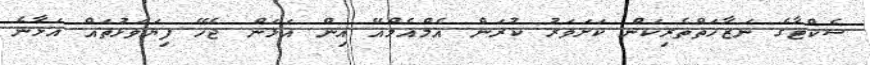
ސެކްޓާގެ ނަޒާހަތްތެރިކަން ކަށަވަރު ކުރަން އެމްއެމްއޭ އިން އަޅަން ޖެހޭ ފިޔަވަޅުތައް އަޅާނެ